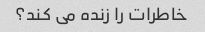
خاطرات را زنده می کند؟